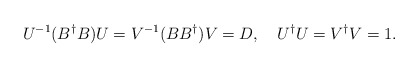
\begin{align*}U^{-1}(B^\dagger B)U=V^{-1}(B B^\dagger)V=D, \quad U^\dagger U=V^\dagger V=1 .\end{align*}